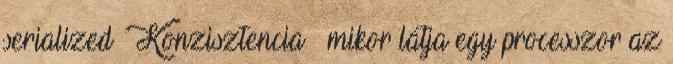
serialized ● Konzisztencia – mikor látja egy processzor az